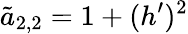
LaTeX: \tilde{a}_{2,2}=1+(h^{\prime})^{2}